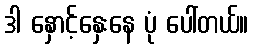
ဒါ နှောင့်နှေးနေ ပုံ ပေါ်တယ်။